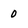
Character: 0